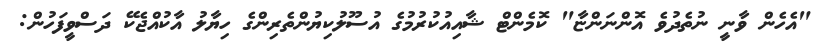
"އެހެން ވާނީ ނުތެދުވެ އޮންނަންޏާ" ކޮމެންޓް ޝާއިއުކުރުމުގެ އުސޫލުކިޔުންތެރިންގެ ހިޔާލު އާކުއްޖެކޭ ދަސްވީފަހުން: